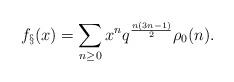
LaTeX: \begin{align*}f_\S(x) = \sum_{n \geq 0} x^n q^{\frac{n(3n-1)}{2}} \rho_0(n).\end{align*}